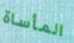
المأساة